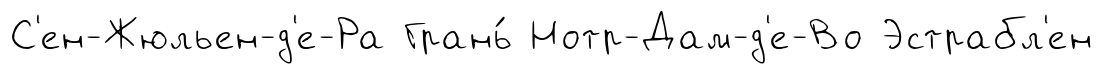
С'ен-Жюльен-д'е-Ра Грань́ Нотр-Дам-д'е-Во Эстрабл'ен